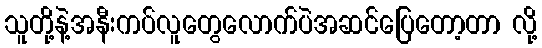
သူတို့နဲ့အနီးကပ်လူတွေလောက်ပဲအဆင်ပြေတော့တာ လို့